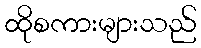
ထိုစကားများသည်